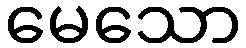
မေသော